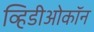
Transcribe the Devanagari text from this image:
व्हिडीओकॉन